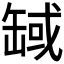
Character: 𦈸